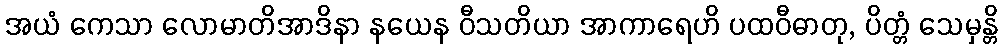
အယံ ကေသာ လောမာတိအာဒိနာ နယေန ဝီသတိယာ အာကာရေဟိ ပထဝီဓာတု, ပိတ္တံ သေမှန္တိ